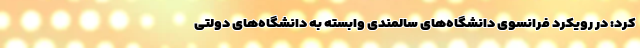
کرد: در رویکرد فرانسوی دانشگاه‌های سالمندی وابسته به دانشگاه‌های دولتی